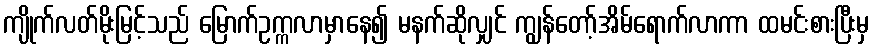
ကျိုက်လတ်မိုးမြင့်သည် မြောက်ဥက္ကလာမှာနေ၍ မနက်ဆိုလျှင် ကျွန်တော့်အိမ်ရောက်လာကာ ထမင်းစားပြီးမှ